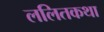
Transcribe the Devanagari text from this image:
ललितकथा